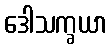
ဒေါသက္ခယာ